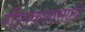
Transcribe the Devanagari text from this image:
गीतकारासाठी